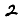
Digit: 2